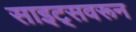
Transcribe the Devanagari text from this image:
साइट्सवरून